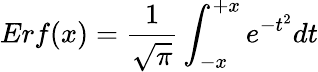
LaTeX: Erf(x)=\frac{1}{\sqrt{\pi}}\int_{-x}^{+x}e^{-t^{2}}dt